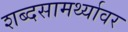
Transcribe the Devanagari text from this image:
शब्दसामर्थ्यावर